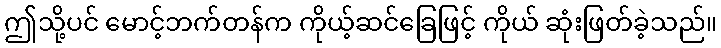
ဤသို့ပင် မောင့်ဘက်တန်က ကိုယ့်ဆင်ခြေဖြင့် ကိုယ် ဆုံးဖြတ်ခဲ့သည်။